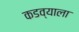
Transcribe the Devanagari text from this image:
कडव्याला